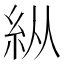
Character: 𥾺